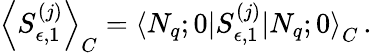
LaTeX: \left<S_{\epsilon,1}^{(j)}\right>_{C}=\left<N_{q};0\right|S_{\epsilon,1}^{(j)}\left|N_{q};0\right>_{C}\, .